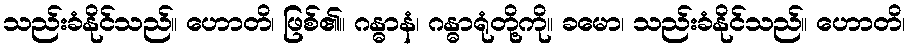
သည်းခံနိုင်သည်။ ဟောတိ၊ ဖြစ်၏။ ဂန္ဓာနံ၊ ဂန္ဓာရုံတို့ကို။ ခမော၊ သည်းခံနိုင်သည်။ ဟောတိ၊